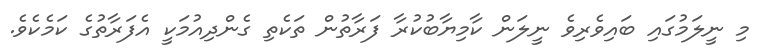
މި ނީލަމުގައި ބައިވެރިވެ ނީލަން ކާމިޔާބުކުރާ ފަރާތުން ތަކެތި ގެންދިއުމަކީ އެފަރާތުގެ ކަމެކެވެ.